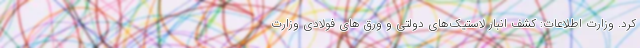
کرد. وزارت اطلاعات: کشف انبار لاستیک‌های دولتی و ورق های فولادی وزارت